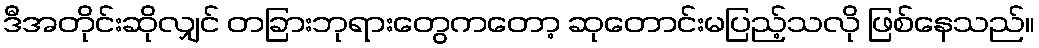
ဒီအတိုင်းဆိုလျှင် တခြားဘုရားတွေကတော့ ဆုတောင်းမပြည့်သလို ဖြစ်နေသည်။